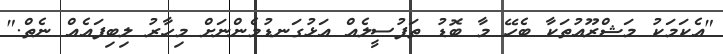
"އެކަމަކު މަޝްރޫއުތަކާ ބެހޭ މާ ބޮޑު ތަފުސީލެއް އަޅުގަނޑުމެންނަށް މިހާރު ލިބިފައެއް ނެތް."